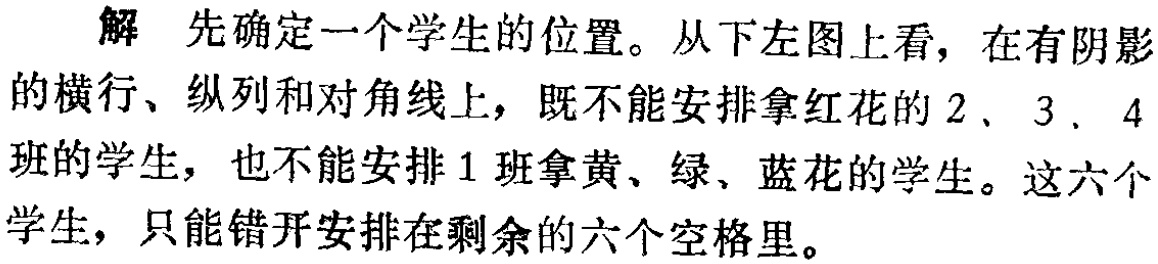
解 先确定一个学生的位置。从下左图上看，在有阴影

的横行、纵列和对角线上，既不能安排拿红花的 2、3、4

班的学生，也不能安排 1 班拿黄、绿、蓝花的学生。这六个

学生，只能错开安排在剩余的六个空格里。